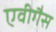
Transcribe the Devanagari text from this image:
एवीगैस